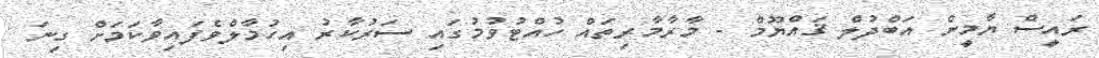
ރައީސް ޔާމީން އަބްދުލް ޤައްޔޫމް - މާރާމާރިތައް ހުއްޓުވުމުގައި ސަރުކާރު އިހުމާލްވެފައިވާކަމަށް ގިނަ